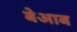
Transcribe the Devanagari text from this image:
बेआब